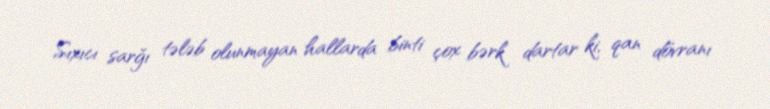
Sıxıcı sarğı tələb olunmayan hallarda binti çox bərk dartar ki, qan dövranı